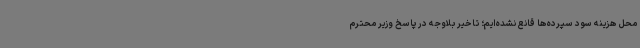
محل هزینه سود سپرده‌ها قانع نشده‌ایم؛ تاخیر بلاوجه در پاسخ وزیر محترم